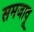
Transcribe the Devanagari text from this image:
समजावू